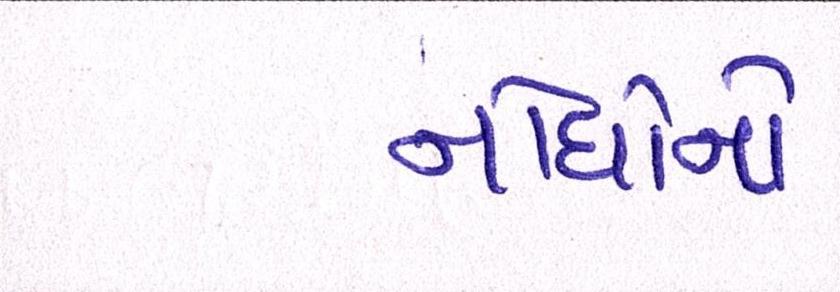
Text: નોંધોનો